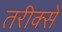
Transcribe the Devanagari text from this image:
तरीक्से